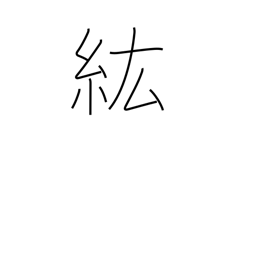
Meaning: large